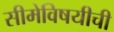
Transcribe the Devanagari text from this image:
सीमेविषयीची